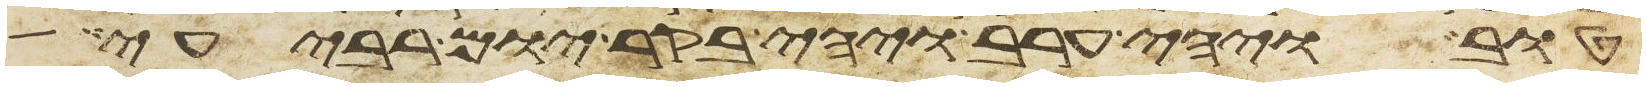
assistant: טוב ויהי ערב ויהי בקר יום רביעי